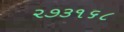
૨૭૩૧૬૮